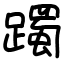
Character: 躅